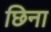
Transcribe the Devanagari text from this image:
छिना